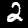
Digit: 2